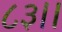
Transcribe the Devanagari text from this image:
८३।।